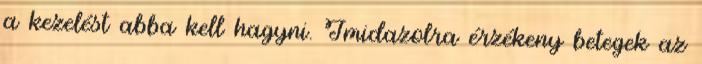
a kezelést abba kell hagyni. Imidazolra érzékeny betegek az